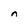
Character: n